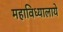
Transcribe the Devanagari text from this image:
महाविध्यालाये